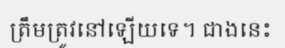
ត្រឹមត្រូវនៅឡើយទេ។ ជាងនេះ